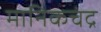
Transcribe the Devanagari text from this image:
मानिकचंद्र